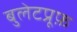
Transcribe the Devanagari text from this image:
बुलेटप्रूफ़